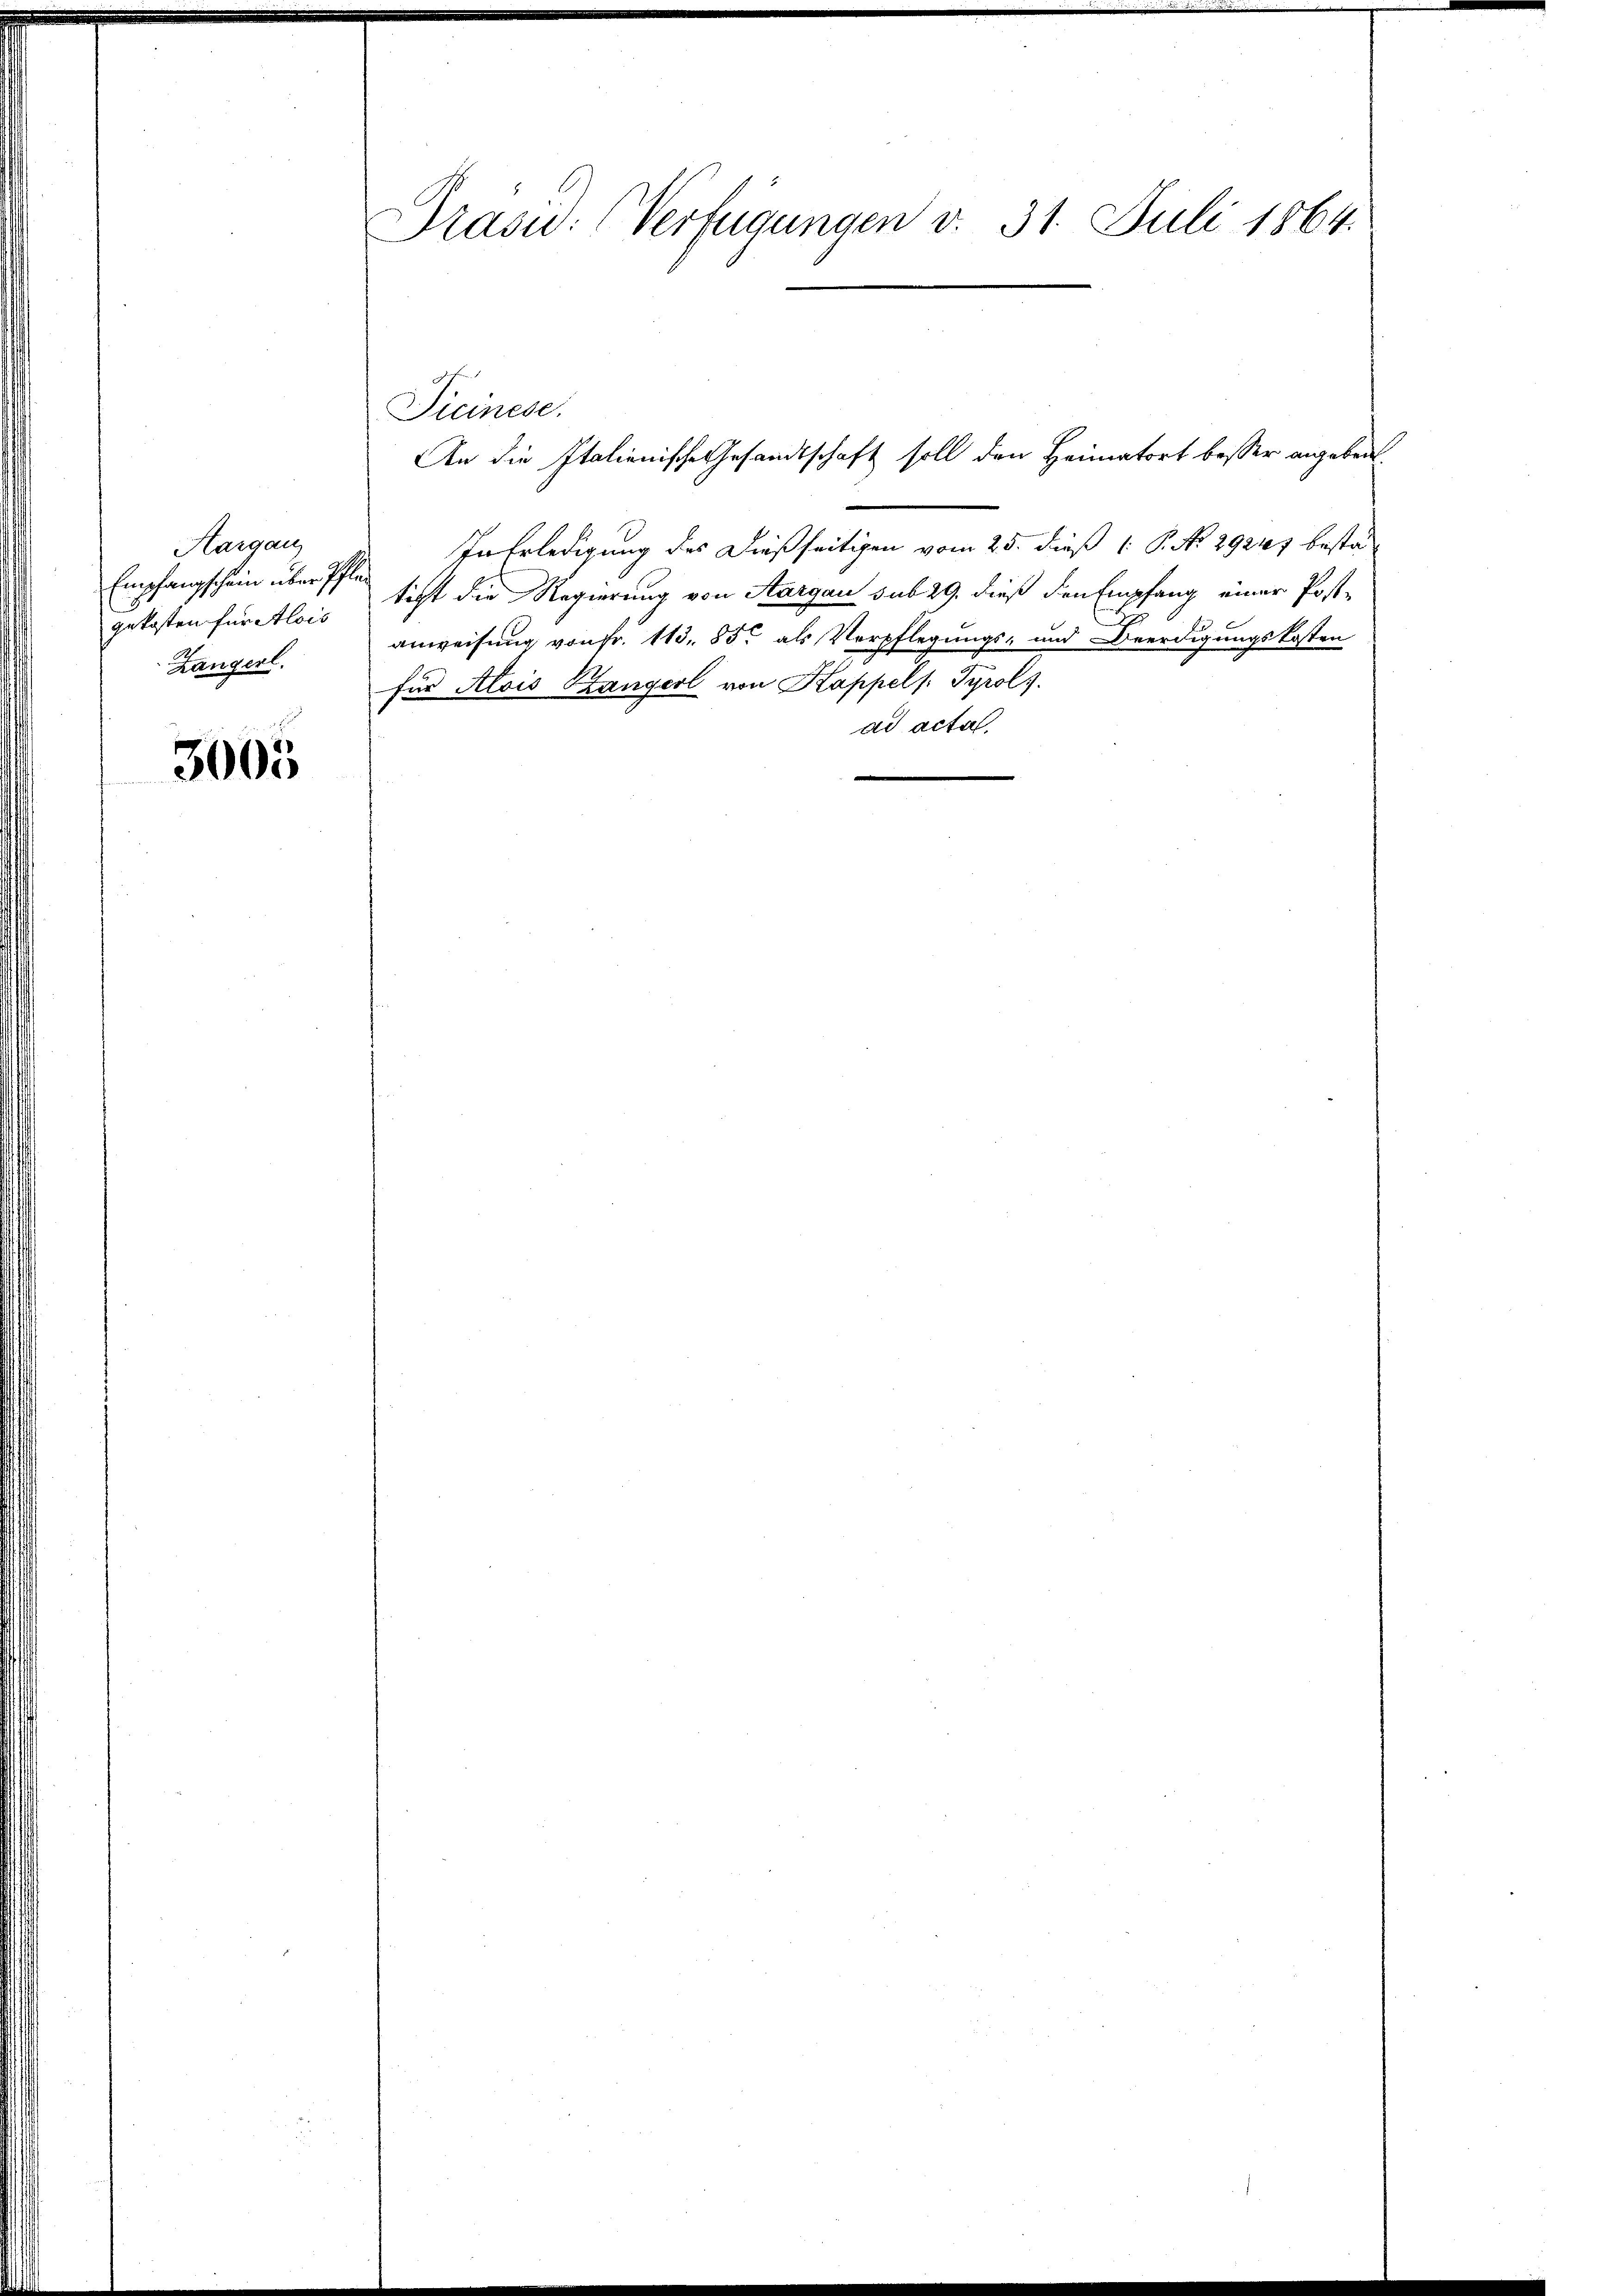
Hargau
Empfangschein über Pflan
getasten für Alois
Zängerl.

3005

Präsid. (Verfügungen v. 31. Juli 1864.

In Erledigung des dießseitigen vom 25. dieß P. No 29217 besta-
ticht die Regierung von Aargau sub 29. dieß den Empfang einer Post-
anweisung von Fr. 113. 85 als Verpflegungs- und Beerdigungskosten
für Alois Gangerl von Kappels: Tyrol.
ad acta

Ticinese.
An die Italienische Gesandtschaft soll den Heimatort besser angebent.